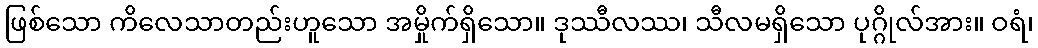
ဖြစ်သော ကိလေသာတည်းဟူသော အမှိုက်ရှိသော။ ဒုဿီလဿ၊ သီလမရှိသော ပုဂ္ဂိုလ်အား။ ဝရံ၊